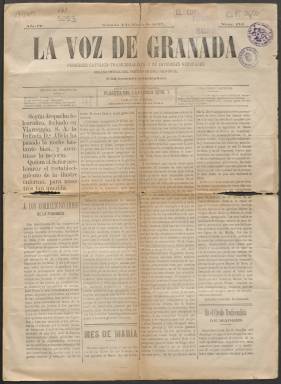
Título: La Voz de Granada
Colección: Periódicos
Ámbito geográfico: Granada
Lugar de publicación: Granada
Fechas: 04/05/1895-25/05/1895